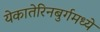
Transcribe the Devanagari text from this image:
येकातेरिनबुर्गमध्ये